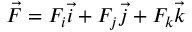
\vec { F } = F _ { i } \vec { i } + F _ { j } \vec { j } + F _ { k } \vec { k }